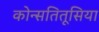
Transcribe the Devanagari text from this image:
कोन्सतितूसिया